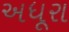
અધૂરા